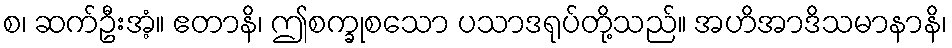
စ၊ ဆက်ဦးအံ့။ ဧတာနိ၊ ဤစက္ခုစသော ပသာဒရုပ်တို့သည်။ အဟိအာဒိသမာနာနိ၊